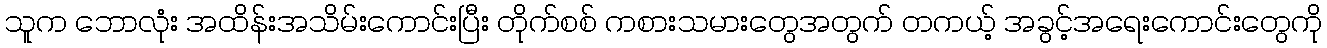
သူက ဘောလုံး အထိန်းအသိမ်းကောင်းပြီး တိုက်စစ် ကစားသမားတွေအတွက် တကယ့် အခွင့်အရေးကောင်းတွေကို